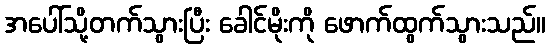
အပေါ်သို့တက်သွားပြီး ခေါင်မိုးကို ဖောက်ထွက်သွားသည်။